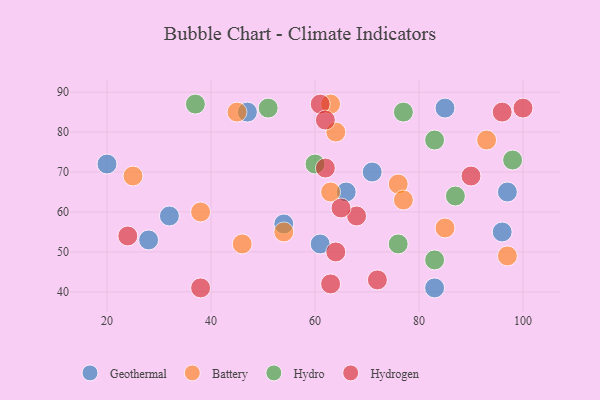
{"axis": {"x": "GDP", "y": "Life Expectancy"}, "legend": ["Battery", "Geothermal", "Hydro", "Hydrogen"], "data": [{"x": "85", "y": 86, "type": "Geothermal"}, {"x": "96", "y": 55, "type": "Geothermal"}, {"x": "61", "y": 52, "type": "Geothermal"}, {"x": "28", "y": 53, "type": "Geothermal"}, {"x": "54", "y": 57, "type": "Geothermal"}, {"x": "47", "y": 85, "type": "Geothermal"}, {"x": "97", "y": 65, "type": "Geothermal"}, {"x": "83", "y": 41, "type": "Geothermal"}, {"x": "66", "y": 65, "type": "Geothermal"}, {"x": "71", "y": 70, "type": "Geothermal"}, {"x": "20", "y": 72, "type": "Geothermal"}, {"x": "32", "y": 59, "type": "Geothermal"}, {"x": "63", "y": 87, "type": "Battery"}, {"x": "97", "y": 49, "type": "Battery"}, {"x": "54", "y": 55, "type": "Battery"}, {"x": "64", "y": 80, "type": "Battery"}, {"x": "85", "y": 56, "type": "Battery"}, {"x": "76", "y": 67, "type": "Battery"}, {"x": "77", "y": 63, "type": "Battery"}, {"x": "63", "y": 65, "type": "Battery"}, {"x": "46", "y": 52, "type": "Battery"}, {"x": "25", "y": 69, "type": "Battery"}, {"x": "45", "y": 85, "type": "Battery"}, {"x": "93", "y": 78, "type": "Battery"}, {"x": "38", "y": 60, "type": "Battery"}, {"x": "37", "y": 87, "type": "Hydro"}, {"x": "83", "y": 48, "type": "Hydro"}, {"x": "77", "y": 85, "type": "Hydro"}, {"x": "83", "y": 78, "type": "Hydro"}, {"x": "98", "y": 73, "type": "Hydro"}, {"x": "76", "y": 52, "type": "Hydro"}, {"x": "60", "y": 72, "type": "Hydro"}, {"x": "51", "y": 86, "type": "Hydro"}, {"x": "87", "y": 64, "type": "Hydro"}, {"x": "38", "y": 41, "type": "Hydrogen"}, {"x": "61", "y": 87, "type": "Hydrogen"}, {"x": "96", "y": 85, "type": "Hydrogen"}, {"x": "68", "y": 59, "type": "Hydrogen"}, {"x": "63", "y": 42, "type": "Hydrogen"}, {"x": "62", "y": 71, "type": "Hydrogen"}, {"x": "90", "y": 69, "type": "Hydrogen"}, {"x": "64", "y": 50, "type": "Hydrogen"}, {"x": "62", "y": 83, "type": "Hydrogen"}, {"x": "65", "y": 61, "type": "Hydrogen"}, {"x": "100", "y": 86, "type": "Hydrogen"}, {"x": "72", "y": 43, "type": "Hydrogen"}, {"x": "24", "y": 54, "type": "Hydrogen"}]}